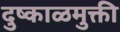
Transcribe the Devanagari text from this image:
दुष्काळमुक्ती